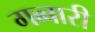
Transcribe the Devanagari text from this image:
गब्बारी